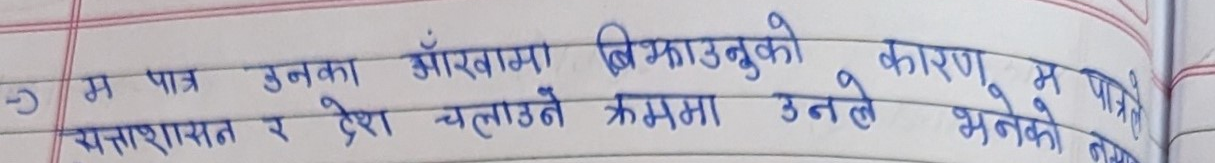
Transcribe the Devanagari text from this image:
- म पात्र उनका आँखामा बिझाउनुको कारण म
सत्ताशासन र देश चलाउने क्रममा उनले भनेको पत्रि